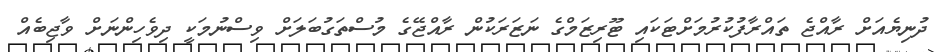
ދުނިޔެއަށް ރާއްޖެ ތައްރާފުކުރުމަށްޓަކައި ޓޫރިޒަމްގެ ނަޒަރަކުން ރާއްޖޭގެ މުސްތަގުބަލަށް ވިސްނުމަކީ ދިވެހިންނަށް ވާޖިބެއް